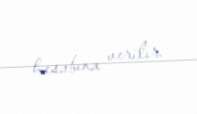
hesabına verilir.